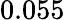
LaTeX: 0.055